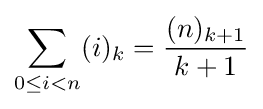
\sum _{0\leq i<n}(i)_{k}={\frac {(n)_{k+1}}{k+1}}